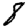
Digit: 8